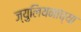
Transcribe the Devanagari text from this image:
ज्युलियनांच्या